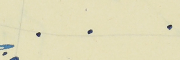
.    .    .